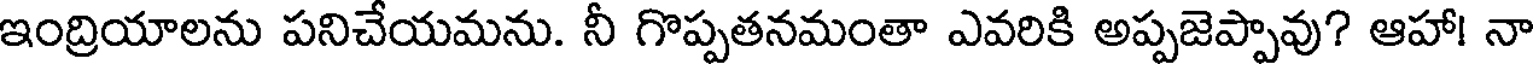
ఇంద్రియాలను పనిచేయమను. నీ గొప్పతనమంతా ఎవరికి అప్పజెప్పావు? ఆహా! నా